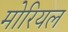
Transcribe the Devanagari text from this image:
मोरियल